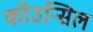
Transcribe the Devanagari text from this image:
कॉउन्सिल